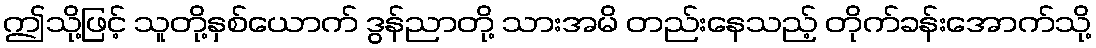
ဤသို့ဖြင့် သူတို့နှစ်ယောက် ဒွန်ညာတို့ သားအမိ တည်းနေသည့် တိုက်ခန်းအောက်သို့